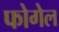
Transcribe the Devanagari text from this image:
फोगेल